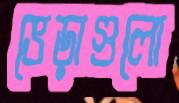
ভেড়াগুলো